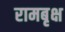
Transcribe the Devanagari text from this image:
रामबृक्ष